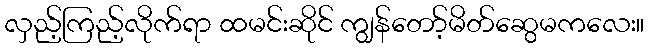
လှည့်ကြည့်လိုက်ရာ ထမင်းဆိုင် ကျွန်တော့်မိတ်ဆွေမကလေး။